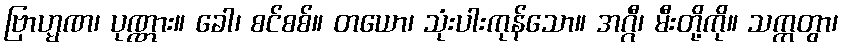
ဗြာဟ္မဏ၊ ပုဏ္ဏား။ ခေါ၊ စင်စစ်။ တယော၊ သုံးပါးကုန်သော။ အဂ္ဂီ၊ မီးတို့ကို။ သက္ကတွာ၊